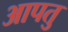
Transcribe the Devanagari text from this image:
आपतु